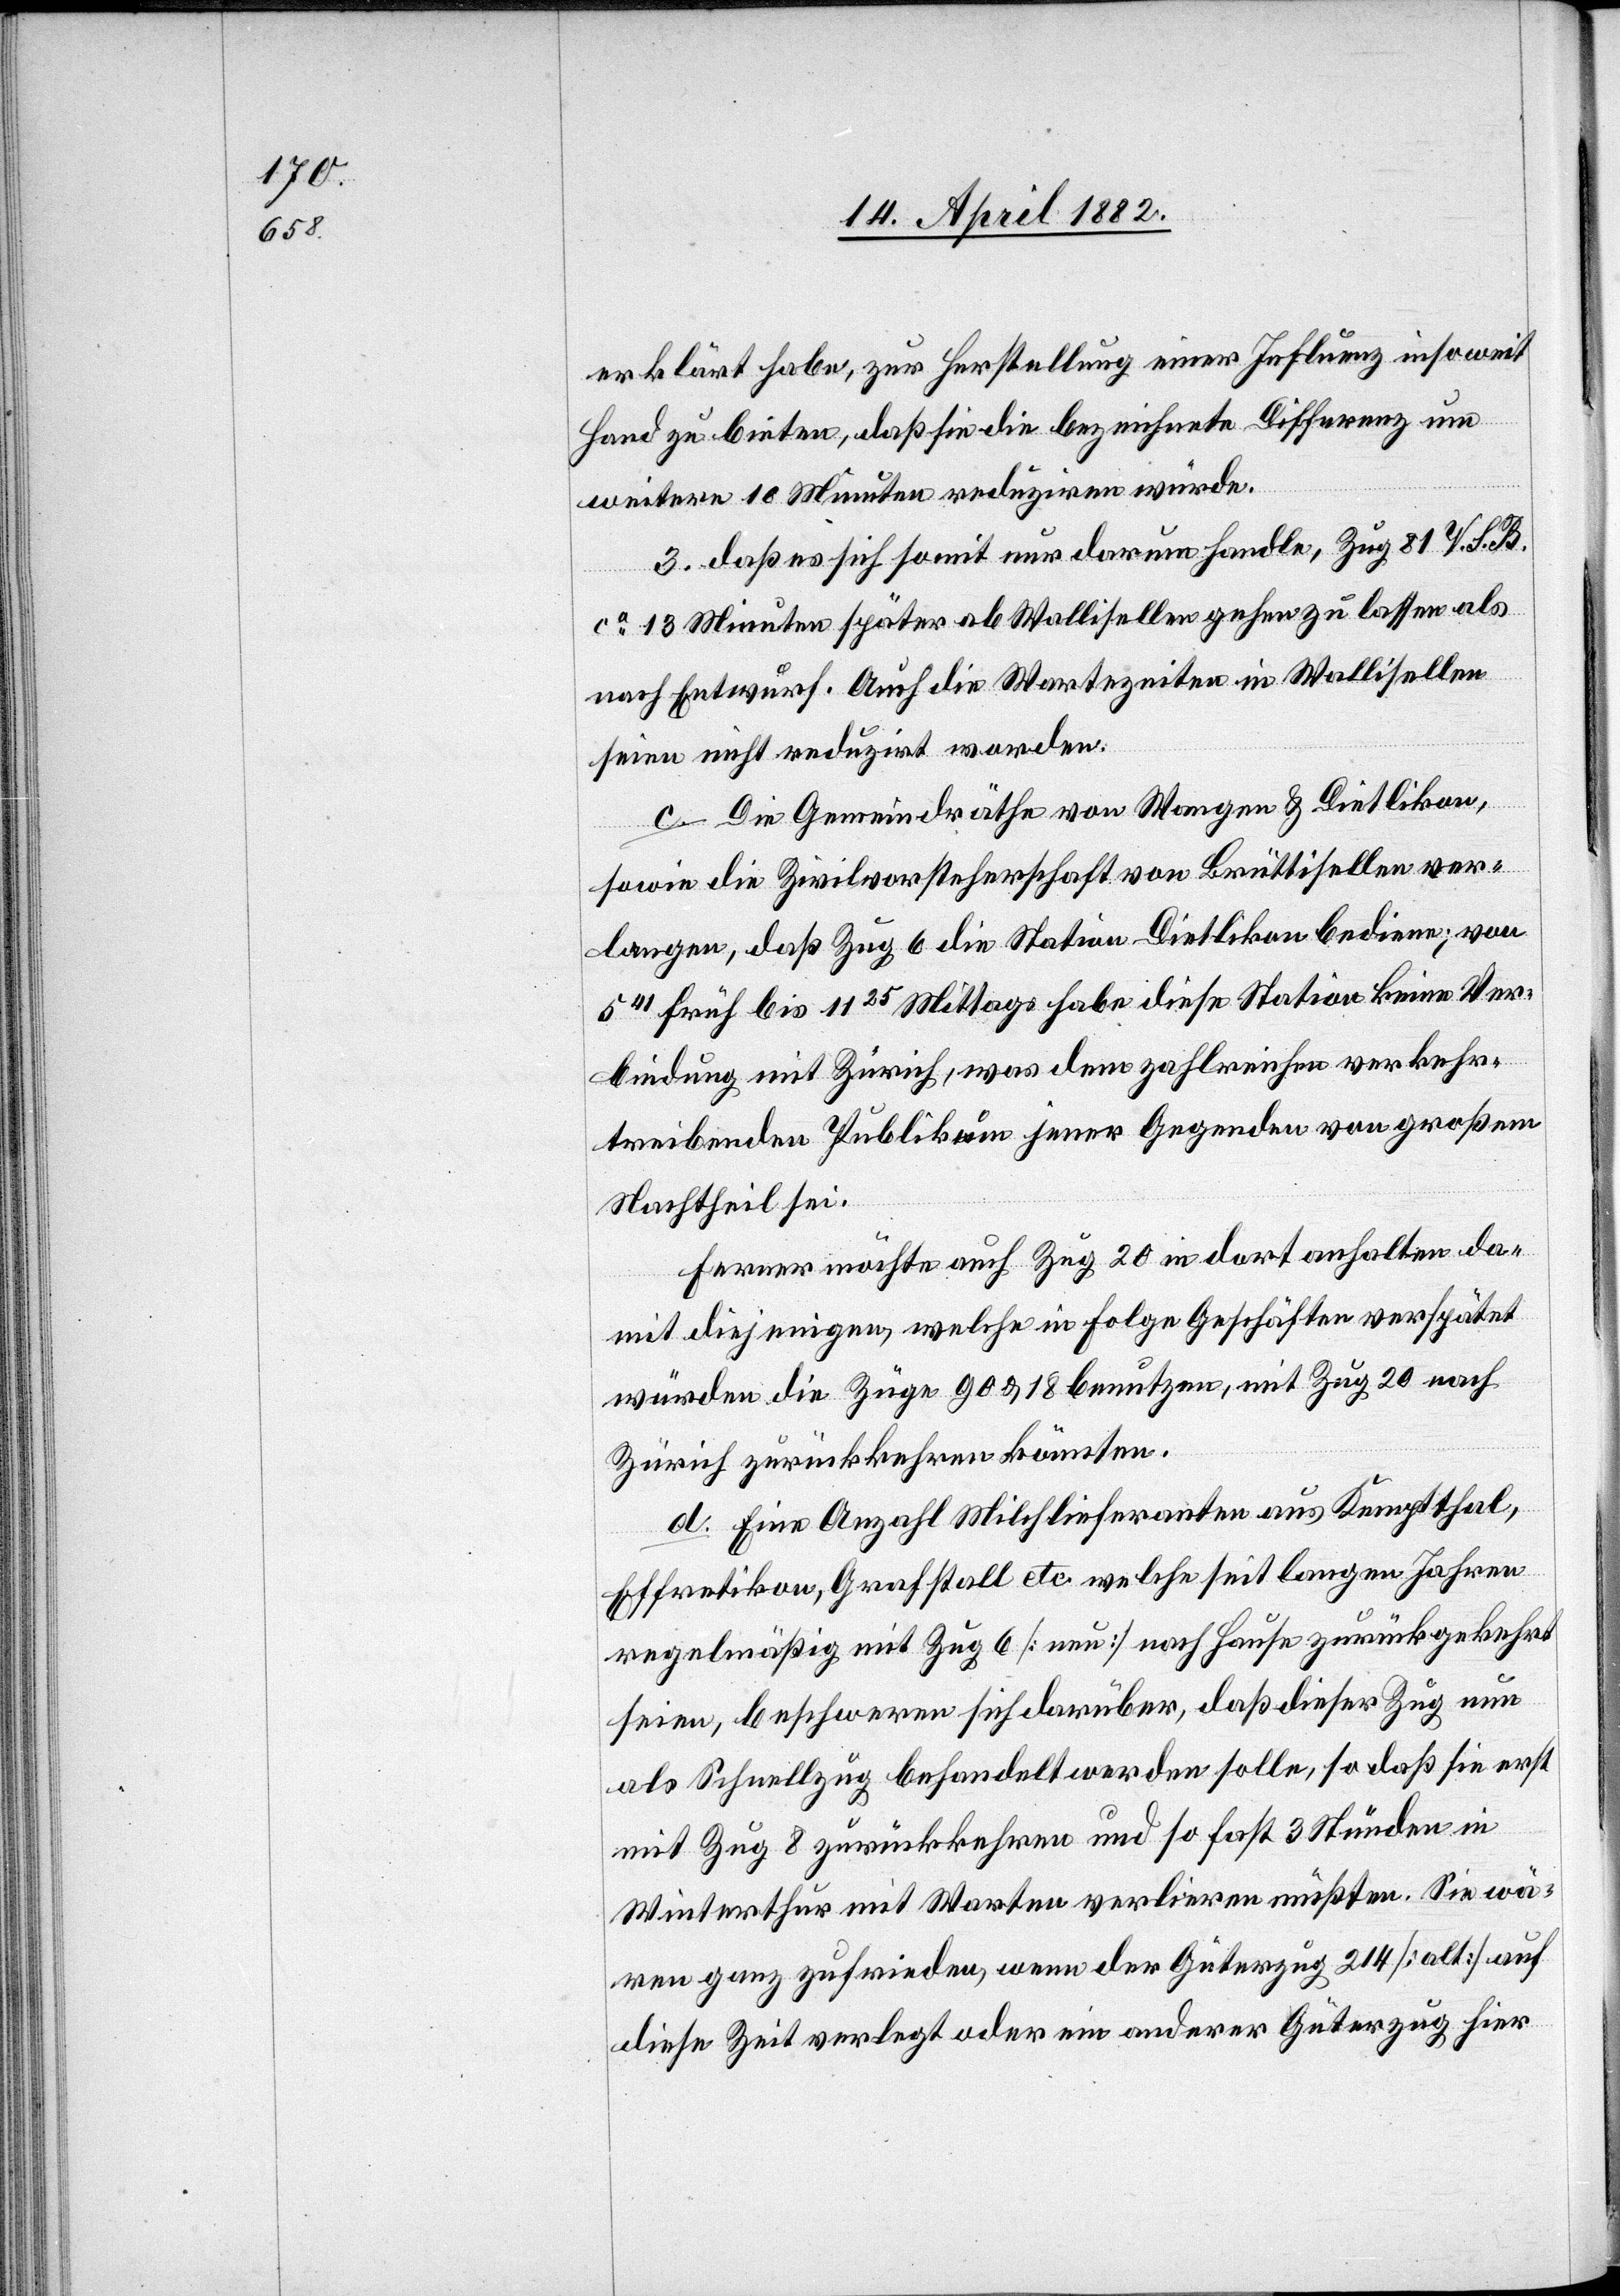
erklärt habe, zur Herstellung einer Influenz insoweit
Hand zu bieten, daß sie die bezeichnete Differenz um
weitere 10 Minuten reduziren würde.
3. daß es sich somit nur darum handle, Zug 81 V. S. B.
ca 13 Minuten später ab Wallisellen gehen zu lassen als
nach Entwurf. Auch die Wartezeiten in Wallisellen
seien nicht reduzirt worden.
c. Die Gemeindräthe von Wangen & Dietlikon,
sowie die Zivilvorsteherschaft von Brüttisellen ver¬
langen, daß Zug 6 die Station Dietlikon bediene; von
541 früh bis 1125 Mittags habe diese Station keine Ver¬
bindung mit Zürich, was dem zahlreichen verkehr¬
treibenden Publikum jener Gegenden von großem
Nachtheil sei.
Ferner möchte auch Zug 20 in dort anhalten da¬
mit diejenigen, welche in Folge Geschäften verspätet
würden die Züge 90 & 18 benutzen, mit Zug 20 nach
Zürich zurückkehren könnten.
d. Eine Anzahl Milchlieferanten aus Kemptthal,
Effretikon, Grafstall etc. welche seit langen Jahren
regelmäßig mit Zug 6 [neu] nach Hause zurückgekehrt
seien, beschweren sich darüber, daß dieser Zug nun
als Schnellzug behandelt werden solle, so daß sie erst
mit Zug 8 zurückkehren und so fast 3 Stunden in
Winterthur mit Warten verlieren müßten. Sie wä¬
ren ganz zufrieden, wenn der Güterzug 214 [alt] auf
diese Zeit verlegt oder ein anderer Güterzug hier